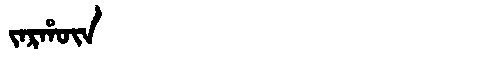
Manchu: ᠵᠠᡵᡥᡡᠨ
Romanization: JARHŪN